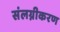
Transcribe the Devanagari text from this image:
संलग्नीकरण